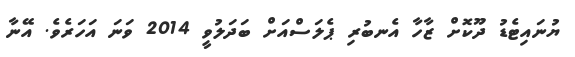
ޔުނައިޓެޑު ދޫކޮށް ޒާހާ އެނބުރި ޕެލަސްއަށް ބަދަލުވީ 2014 ވަނަ އަހަރެވެ. އޭނާ